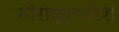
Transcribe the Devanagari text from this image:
सौराष्ट्रनरेश